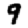
Digit: 9